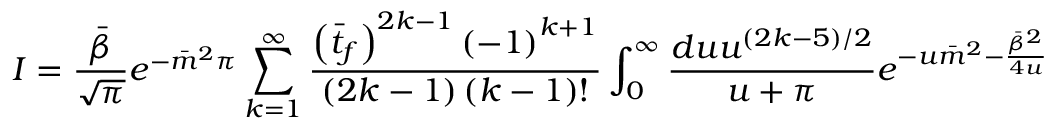
I = \frac { \bar { \beta } } { \sqrt { \pi } } e ^ { - \bar { m } ^ { 2 } \pi } \sum _ { k = 1 } ^ { \infty } \frac { \left( \bar { t } _ { f } \right) ^ { 2 k - 1 } \left( - 1 \right) ^ { k + 1 } } { \left( 2 k - 1 \right) \left( k - 1 \right) ! } \int _ { 0 } ^ { \infty } \frac { d u u ^ { ( 2 k - 5 ) / 2 } } { u + \pi } e ^ { - u \bar { m } ^ { 2 } - \frac { \bar { \beta } ^ { 2 } } { 4 u } }